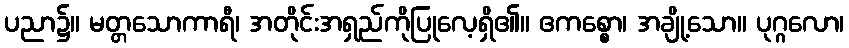
ပညာ၌။ မတ္တသောကာရီ၊ အတိုင်းအရှည်ကိုပြုလေ့ရှိ၏။ ဧကစ္စော၊ အချို့သော။ ပုဂ္ဂလော၊